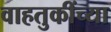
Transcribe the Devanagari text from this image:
वाहतुकींच्या